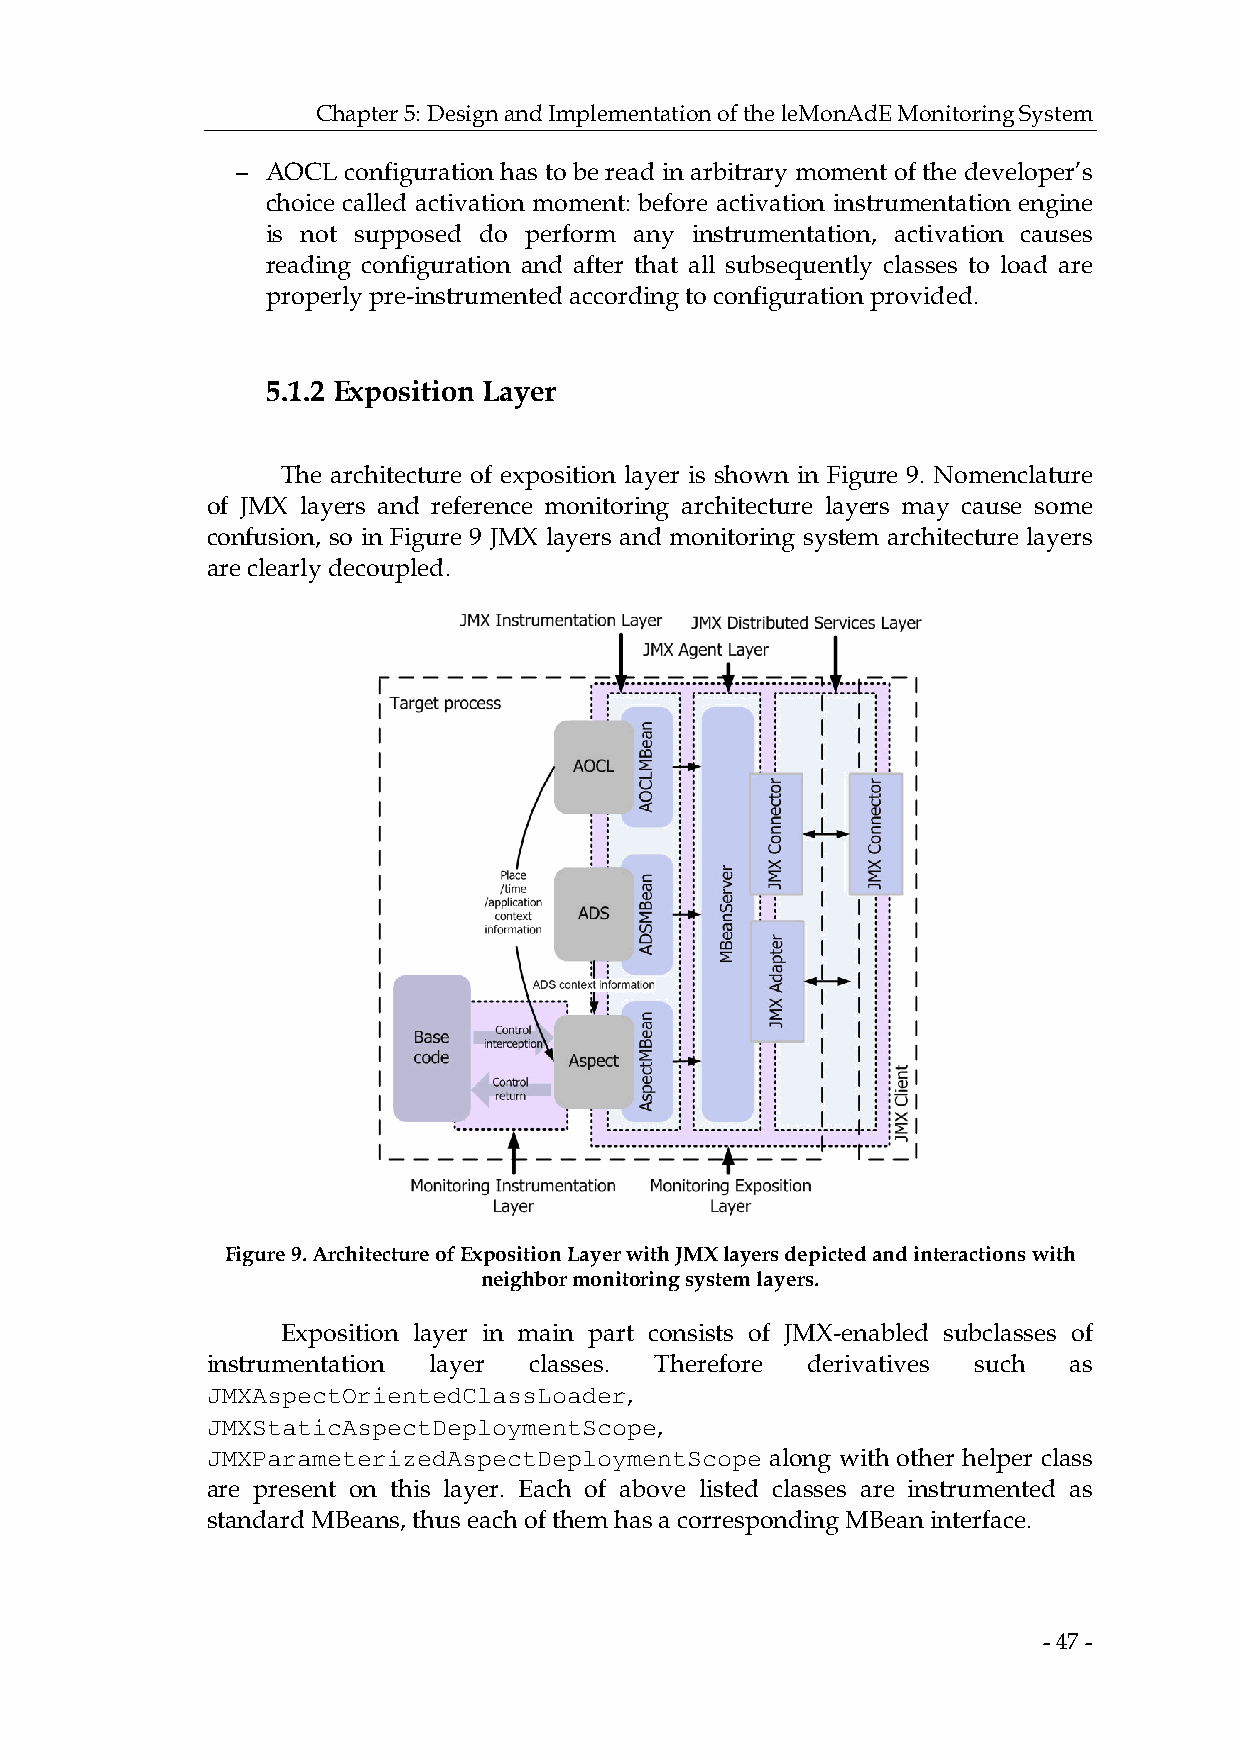
Chapter 5: Design and Implementation of the leMonAdE Monitoring System
 − AOCL configuration has to be read in arbitrary moment of the developer’s
 choice called activation moment: before activation instrumentation engine
 is not supposed do perform any instrumentation, activation causes
 reading configuration and after that all subsequently classes to load are
 properly pre-instrumented according to configuration provided.
 5.1.2 Exposition Layer
 The architecture of exposition layer is shown in Figure 9. Nomenclature
 of JMX layers and reference monitoring architecture layers may cause some
 confusion, so in Figure 9 JMX layers and monitoring system architecture layers
 are clearly decoupled.
 Figure 9. Architecture of Exposition Layer with JMX layers depicted and interactions with
 neighbor monitoring system layers.
 Exposition layer in main part consists of JMX-enabled subclasses of
 instrumentation layer classes. Therefore derivatives such as
 JMXAspectOrientedClassLoader,
 JMXStaticAspectDeploymentScope,
 JMXParameterizedAspectDeploymentScope along with other helper class
 are present on this layer. Each of above listed classes are instrumented as
 standard MBeans, thus each of them has a corresponding MBean interface.
 - 47 -